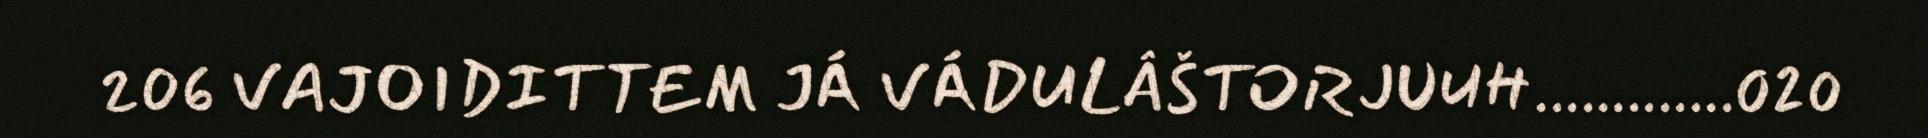
206 VAJOIDITTEM JÁ VÁDULÂŠTORJUUH.............020